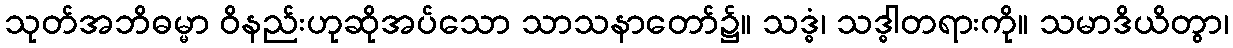
သုတ်အဘိဓမ္မာ ဝိနည်းဟုဆိုအပ်သော သာသနာတော်၌။ သဒ္ဓံ၊ သဒ္ဓါတရားကို။ သမာဒိယိတွာ၊